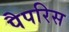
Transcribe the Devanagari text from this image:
पैपरिस